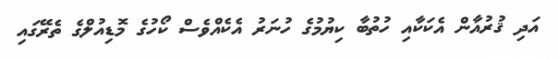
އަދި ޤުރުއާން އެކަކާއި ހުތުބާ ކިޔުމުގެ ހުނަރު އެކެއްވެސް ކޯހުގެ މޮޑިއުލްގެ ތެރޭގައި